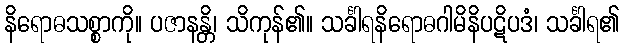
နိရောဓသစ္စာကို။ ပဇာနန္တိ၊ သိကုန်၏။ သင်္ခါရနိရောဓဂါမိနိပဋိပဒံ၊ သင်္ခါရ၏